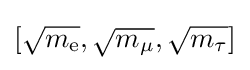
[{\sqrt {m_{\text{e}}}},{\sqrt {m_{\mu }}},{\sqrt {m_{\tau }}}]